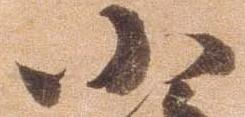
小